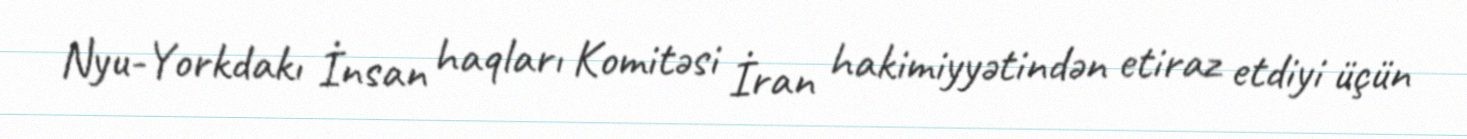
Nyu-Yorkdakı İnsan haqları Komitəsi İran hakimiyyətindən etiraz etdiyi üçün